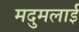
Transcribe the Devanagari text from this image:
मदुमलाई